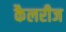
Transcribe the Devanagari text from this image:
कैलरीज